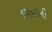
છાપાની